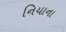
નિયાના